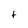
Character: t